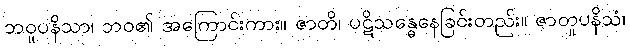
ဘဝူပနိသာ၊ ဘဝ၏ အကြောင်းကား။ ဇာတိ၊ ပဋိသန္ဓေနေခြင်းတည်း။ ဇာတူပနိသံ၊